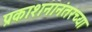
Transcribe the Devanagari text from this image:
प्रकाशनानंतरच्या